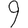
Digit: 9